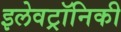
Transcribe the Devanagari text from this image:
इलेवट्रॉनिकी